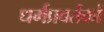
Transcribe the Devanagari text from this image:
धर्मप्रवर्तकों